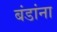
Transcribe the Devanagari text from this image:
बंडांना